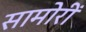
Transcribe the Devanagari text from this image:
सामोरीं